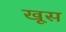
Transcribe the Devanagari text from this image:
खूस